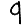
Digit: 9